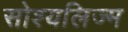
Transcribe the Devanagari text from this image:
सोश्यलिज्म